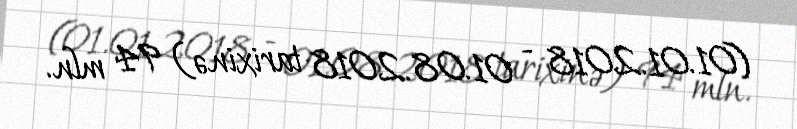
(01.01.2018 - 01.08.2018 tarixinə) 94 mln.